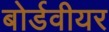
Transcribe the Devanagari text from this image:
बोर्डवीयर